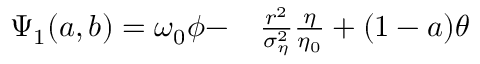
\begin{array} { r l } { \Psi _ { 1 } ( a , b ) = \omega _ { 0 } \phi - } & { { } \frac { r ^ { 2 } } { \sigma _ { \eta } ^ { 2 } } \frac { \eta } { \eta _ { 0 } } + ( 1 - a ) \theta } \end{array}